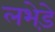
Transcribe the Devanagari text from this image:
लभेड़े